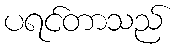
ပရင်တာသည်